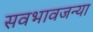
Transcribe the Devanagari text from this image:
सवभावजन्या